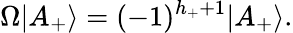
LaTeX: \Omega|A_{+}\rangle=(-1)^{h_{+}+1}|A_{+}\rangle.